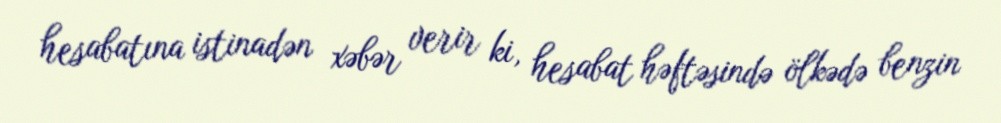
hesabatına istinadən xəbər verir ki, hesabat həftəsində ölkədə benzin